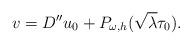
LaTeX: \begin{align*}v=D''u_0+P_{\omega,h}(\sqrt{\lambda}\tau_0).\end{align*}